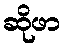
ဆိုဖာ